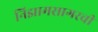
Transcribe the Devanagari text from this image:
निझामसागरची